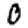
Digit: 0